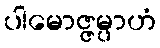
ပါမောဇ္ဇမ္ပာဟံ